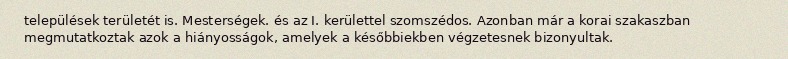
települések területét is. Mesterségek. és az I. kerülettel szomszédos. Azonban már a korai szakaszban megmutatkoztak azok a hiányosságok, amelyek a későbbiekben végzetesnek bizonyultak.